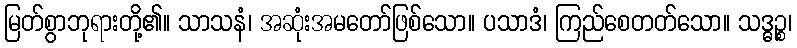
မြတ်စွာဘုရားတို့၏။ သာသနံ၊ အဆုံးအမတော်ဖြစ်သော။ ပသာဒံ၊ ကြည်စေတတ်သော။ သဒ္ဓဉ္စ၊